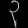
Digit: ၃